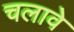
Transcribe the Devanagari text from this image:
चलावे